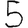
Digit: 5